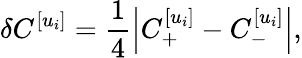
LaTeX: \delta C^{[u_{i}]}=\frac{1}{4}\left|C_{+}^{[u_{i}]}-C_{-}^{[u_{i}]}\right|,